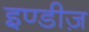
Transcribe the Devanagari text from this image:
इण्डीज़